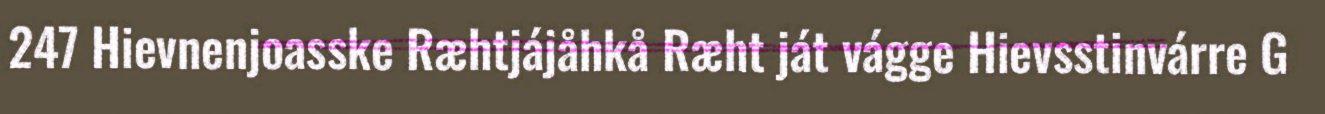
247 Hievnenjoasske Ræhtjájåhkå Ræht ját vágge Hievsstinvárre G